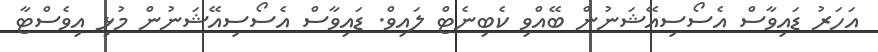
އަހަރު ޑައިވާސް އެސޯސިއޭޝަނުން ބޭއްވި ކެބިނެޓް ލައިވް. ޑައިވާސް އެސޯސިއޭޝަނުން މުޅި އިވެސްޓާ